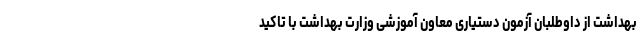
بهداشت از داوطلبان آزمون دستیاری معاون آموزشی وزارت بهداشت با تاکید